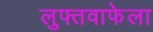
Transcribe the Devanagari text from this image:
लुफ्तवाफेला